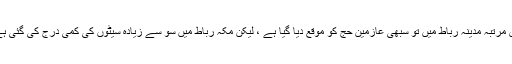
اس مرتبہ مدینہ رباط میں تو سبھی عازمین حج کو موقع دیا گیا ہے ، لیکن مکہ رباط میں سو سے زیادہ سیٹوں کی کمی درج کی گئی ہے۔